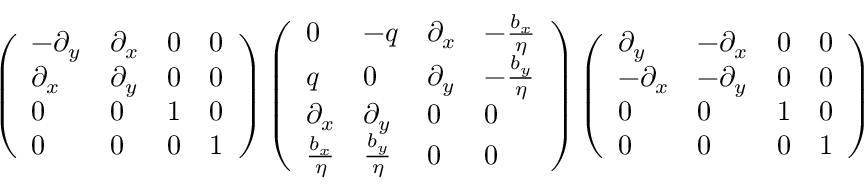
\left( \begin{array} { l l l l } { - \partial _ { y } } & { \partial _ { x } } & { 0 } & { 0 } \\ { \partial _ { x } } & { \partial _ { y } } & { 0 } & { 0 } \\ { 0 } & { 0 } & { 1 } & { 0 } \\ { 0 } & { 0 } & { 0 } & { 1 } \end{array} \right) \left( \begin{array} { l l l l } { 0 } & { - q } & { \partial _ { x } } & { - \frac { b _ { x } } { \eta } } \\ { q } & { 0 } & { \partial _ { y } } & { - \frac { b _ { y } } { \eta } } \\ { \partial _ { x } } & { \partial _ { y } } & { 0 } & { 0 } \\ { \frac { b _ { x } } { \eta } } & { \frac { b _ { y } } { \eta } } & { 0 } & { 0 } \end{array} \right) \left( \begin{array} { l l l l } { \partial _ { y } } & { - \partial _ { x } } & { 0 } & { 0 } \\ { - \partial _ { x } } & { - \partial _ { y } } & { 0 } & { 0 } \\ { 0 } & { 0 } & { 1 } & { 0 } \\ { 0 } & { 0 } & { 0 } & { 1 } \end{array} \right)